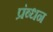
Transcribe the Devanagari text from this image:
प्रंब्धन